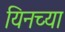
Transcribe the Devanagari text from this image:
यिनच्या